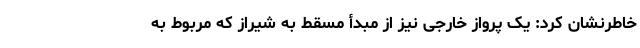
خاطرنشان کرد: یک پرواز خارجی نیز از مبدأ مسقط به شیراز که مربوط به